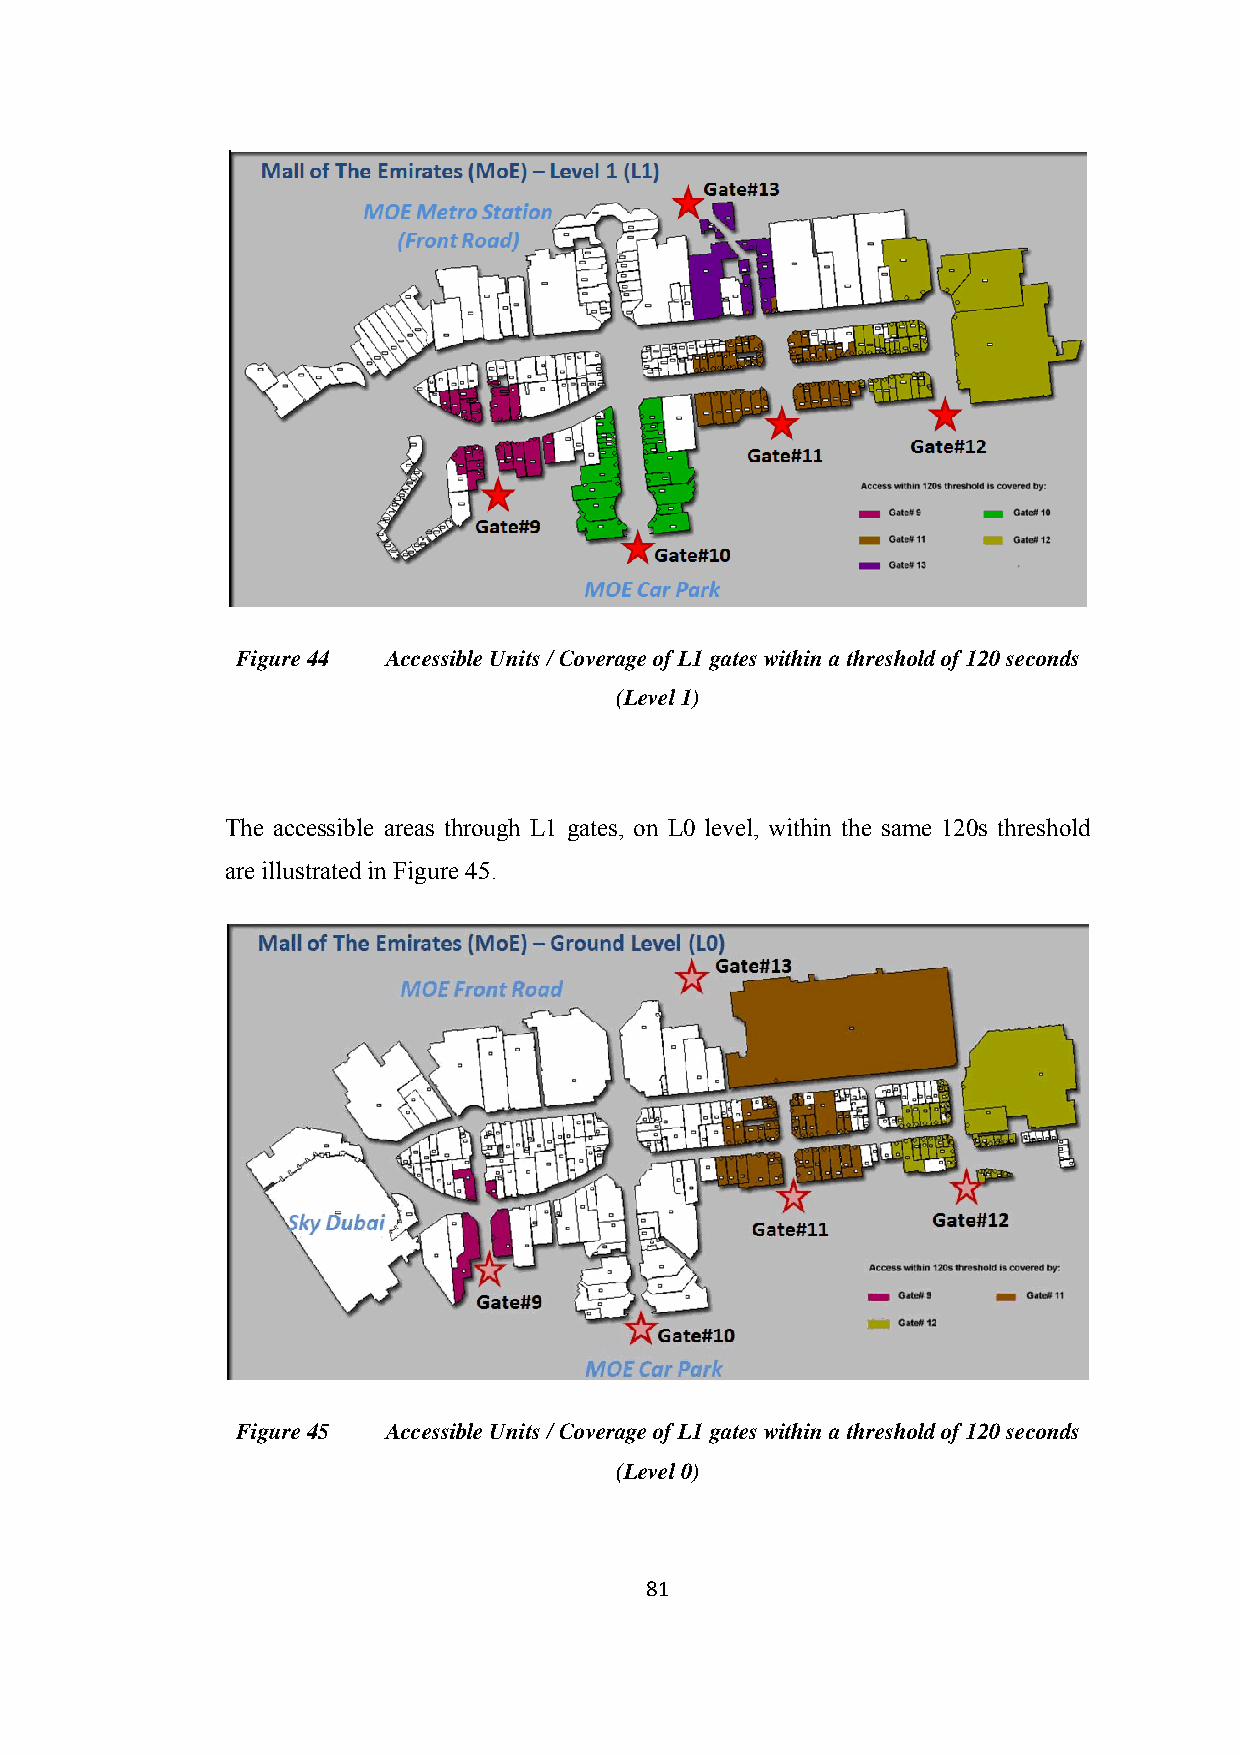
Figure 44 Accessible Units / Coverage of L1 gates within a threshold of 120 seconds
 (Level 1)
 The accessible areas through L1 gates, on L0 level, within the same 120s threshold
 are illustrated in Figure 45.
 Figure 45 Accessible Units / Coverage of L1 gates within a threshold of 120 seconds
 (Level 0)
 81